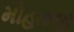
મોહતાજી